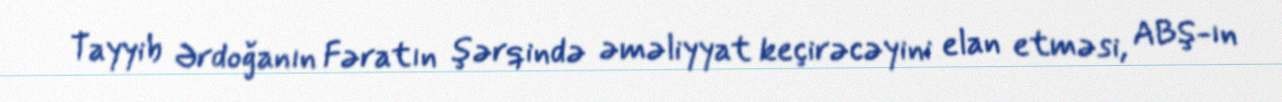
Tayyib Ərdoğanın Fəratın şərqində əməliyyat keçirəcəyini elan etməsi, ABŞ-ın